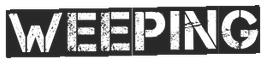
WEEPING